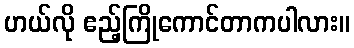
ဟယ်လို ဧည့်ကြိုကောင်တာကပါလား။